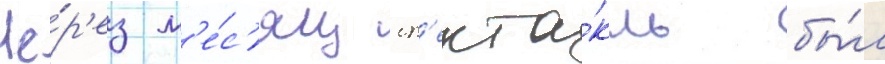
Че́р'ез м'е́с'яц сп'екта́кль бы́л